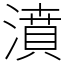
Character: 濆